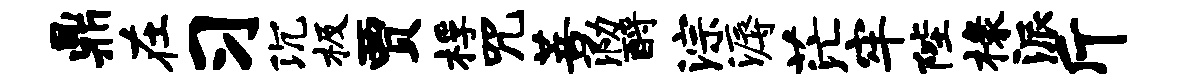
鼎在习沉极贾桴咒菩泐酹淙溽茫牢陛椽派斤